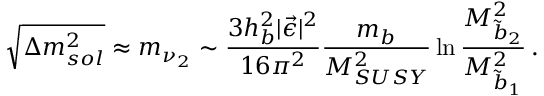
\sqrt { \Delta m _ { s o l } ^ { 2 } } \approx m _ { \nu _ { 2 } } \sim { \frac { 3 h _ { b } ^ { 2 } | \vec { \epsilon } | ^ { 2 } } { 1 6 \pi ^ { 2 } } } { \frac { m _ { b } } { M _ { S U S Y } ^ { 2 } } } \ln { \frac { M _ { \tilde { b } _ { 2 } } ^ { 2 } } { M _ { \tilde { b } _ { 1 } } ^ { 2 } } } \, .